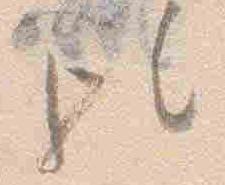
歟